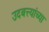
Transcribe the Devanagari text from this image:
उदबत्त्यांच्या